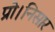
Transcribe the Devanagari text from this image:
प्रो।निसार